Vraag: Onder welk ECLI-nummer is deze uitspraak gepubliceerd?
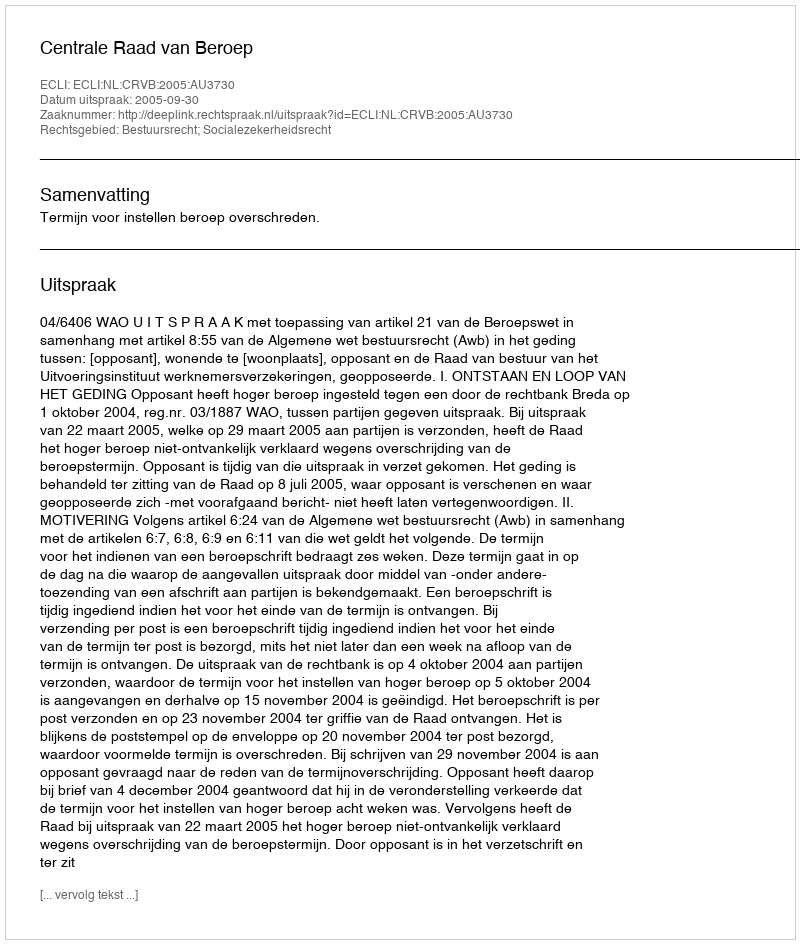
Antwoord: ECLI:NL:CRVB:2005:AU3730